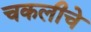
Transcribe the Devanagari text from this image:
चकलीचे